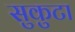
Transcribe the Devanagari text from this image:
सुकुटा